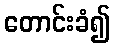
တောင်းခံ၍